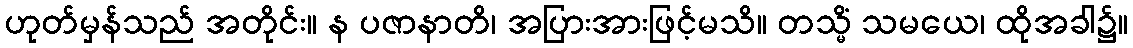
ဟုတ်မှန်သည် အတိုင်း။ န ပဇာနာတိ၊ အပြားအားဖြင့်မသိ။ တသ္မိံ သမယေ၊ ထိုအခါ၌။